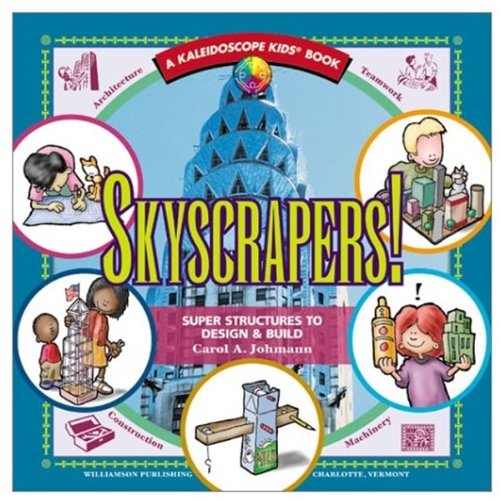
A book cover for Skyscrapers!: Super Structures to Design & Build (Kaleidoscope Kids Books (Williamson Publishing)); Carol A. Johmann; Children's Books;